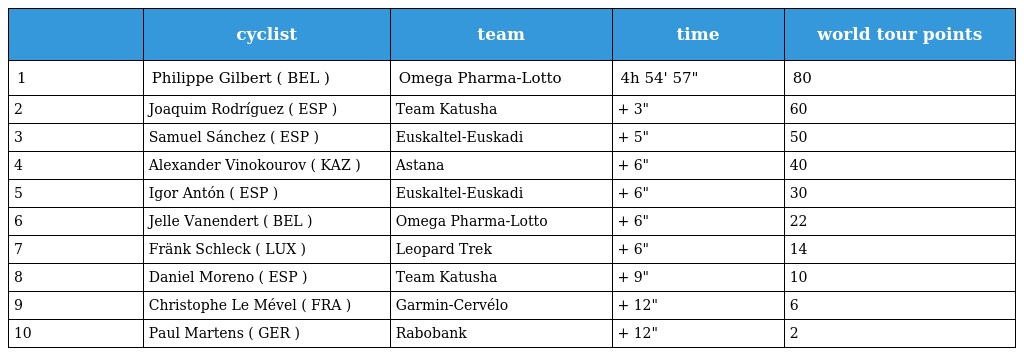
|  | cyclist | team | time | world tour points |
 | --- | --- | --- | --- | --- |
 | 1 | Philippe Gilbert ( BEL ) | Omega Pharma-Lotto | 4h 54' 57" | 80 |
 | 2 | Joaquim Rodríguez ( ESP ) | Team Katusha | + 3" | 60 |
 | 3 | Samuel Sánchez ( ESP ) | Euskaltel-Euskadi | + 5" | 50 |
 | 4 | Alexander Vinokourov ( KAZ ) | Astana | + 6" | 40 |
 | 5 | Igor Antón ( ESP ) | Euskaltel-Euskadi | + 6" | 30 |
 | 6 | Jelle Vanendert ( BEL ) | Omega Pharma-Lotto | + 6" | 22 |
 | 7 | Fränk Schleck ( LUX ) | Leopard Trek | + 6" | 14 |
 | 8 | Daniel Moreno ( ESP ) | Team Katusha | + 9" | 10 |
 | 9 | Christophe Le Mével ( FRA ) | Garmin-Cervélo | + 12" | 6 |
 | 10 | Paul Martens ( GER ) | Rabobank | + 12" | 2 |